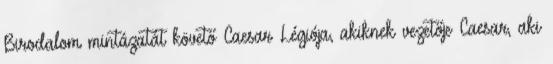
Birodalom mintázatát követő Caesar Légiója, akiknek vezetője Caesar, aki